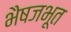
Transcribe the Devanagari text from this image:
भैषजभूत